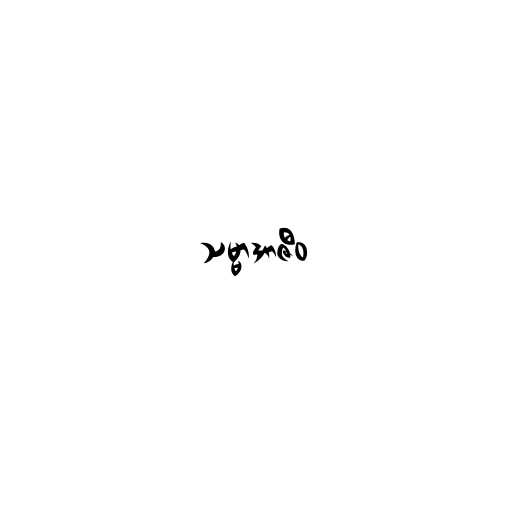
သမ္မာအာဇီဝ